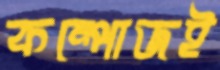
কম্পোজই